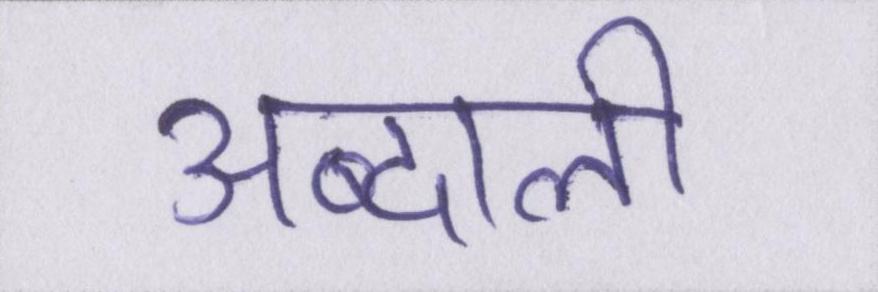
अब्दाली